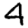
Digit: 4